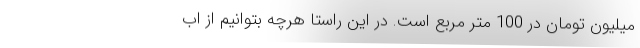
میلیون تومان در 100 متر مربع است. در این راستا هرچه بتوانیم از اب